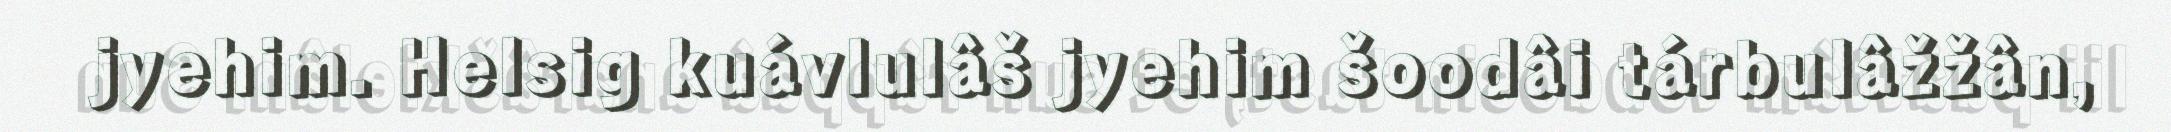
jyehim. Helsig kuávlulâš jyehim šoodâi tárbulâžžân,